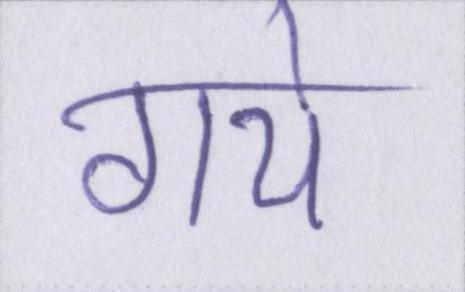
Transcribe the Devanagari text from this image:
गये